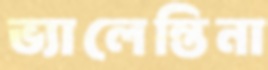
ভ্যালেন্তিনা